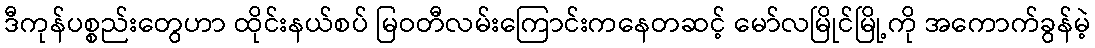
ဒီကုန်ပစ္စည်းတွေဟာ ထိုင်းနယ်စပ် မြဝတီလမ်းကြောင်းကနေတဆင့် မော်လမြိုင်မြို့ကို အကောက်ခွန်မဲ့